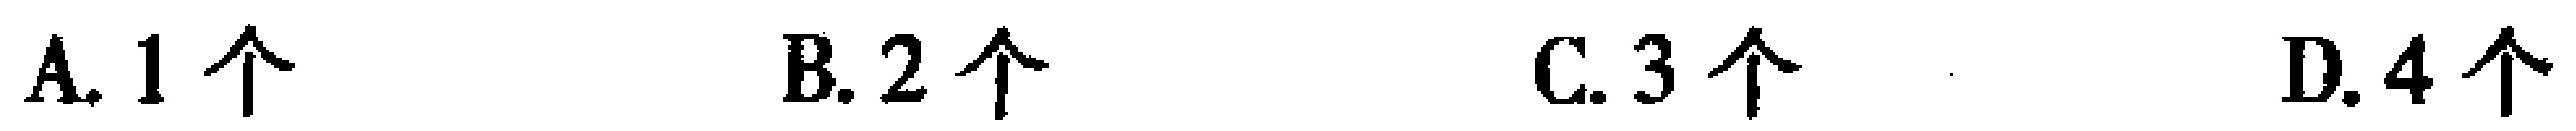
A. 1个  B. 2个  C. 3个  D. 4个